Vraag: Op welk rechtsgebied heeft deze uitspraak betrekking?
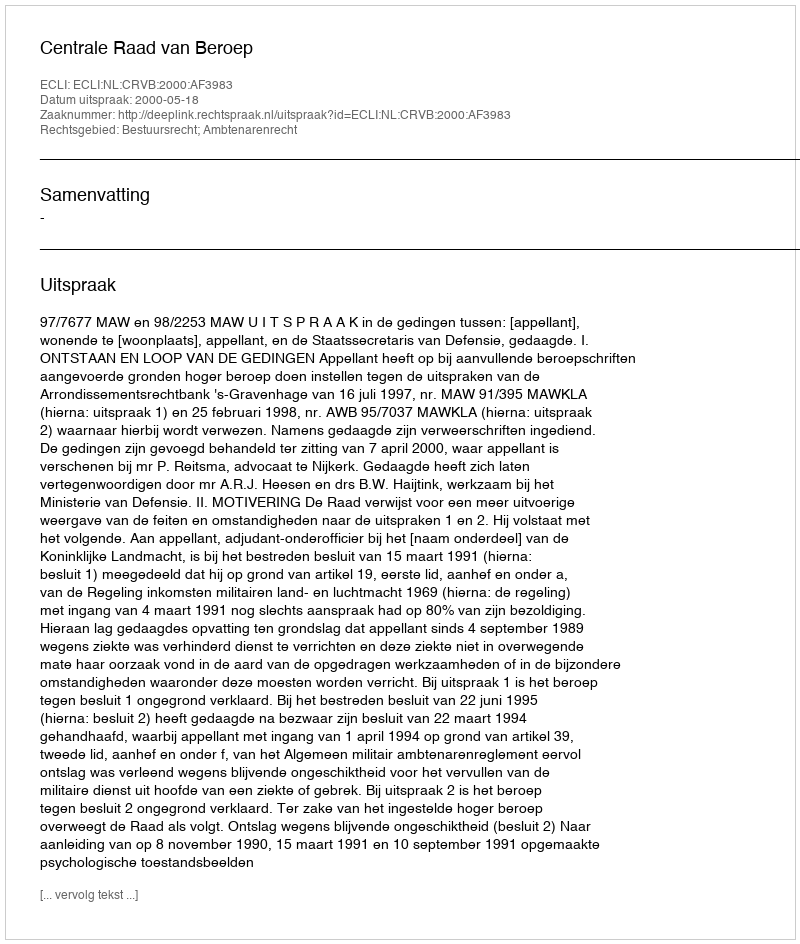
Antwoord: Bestuursrecht; Ambtenarenrecht